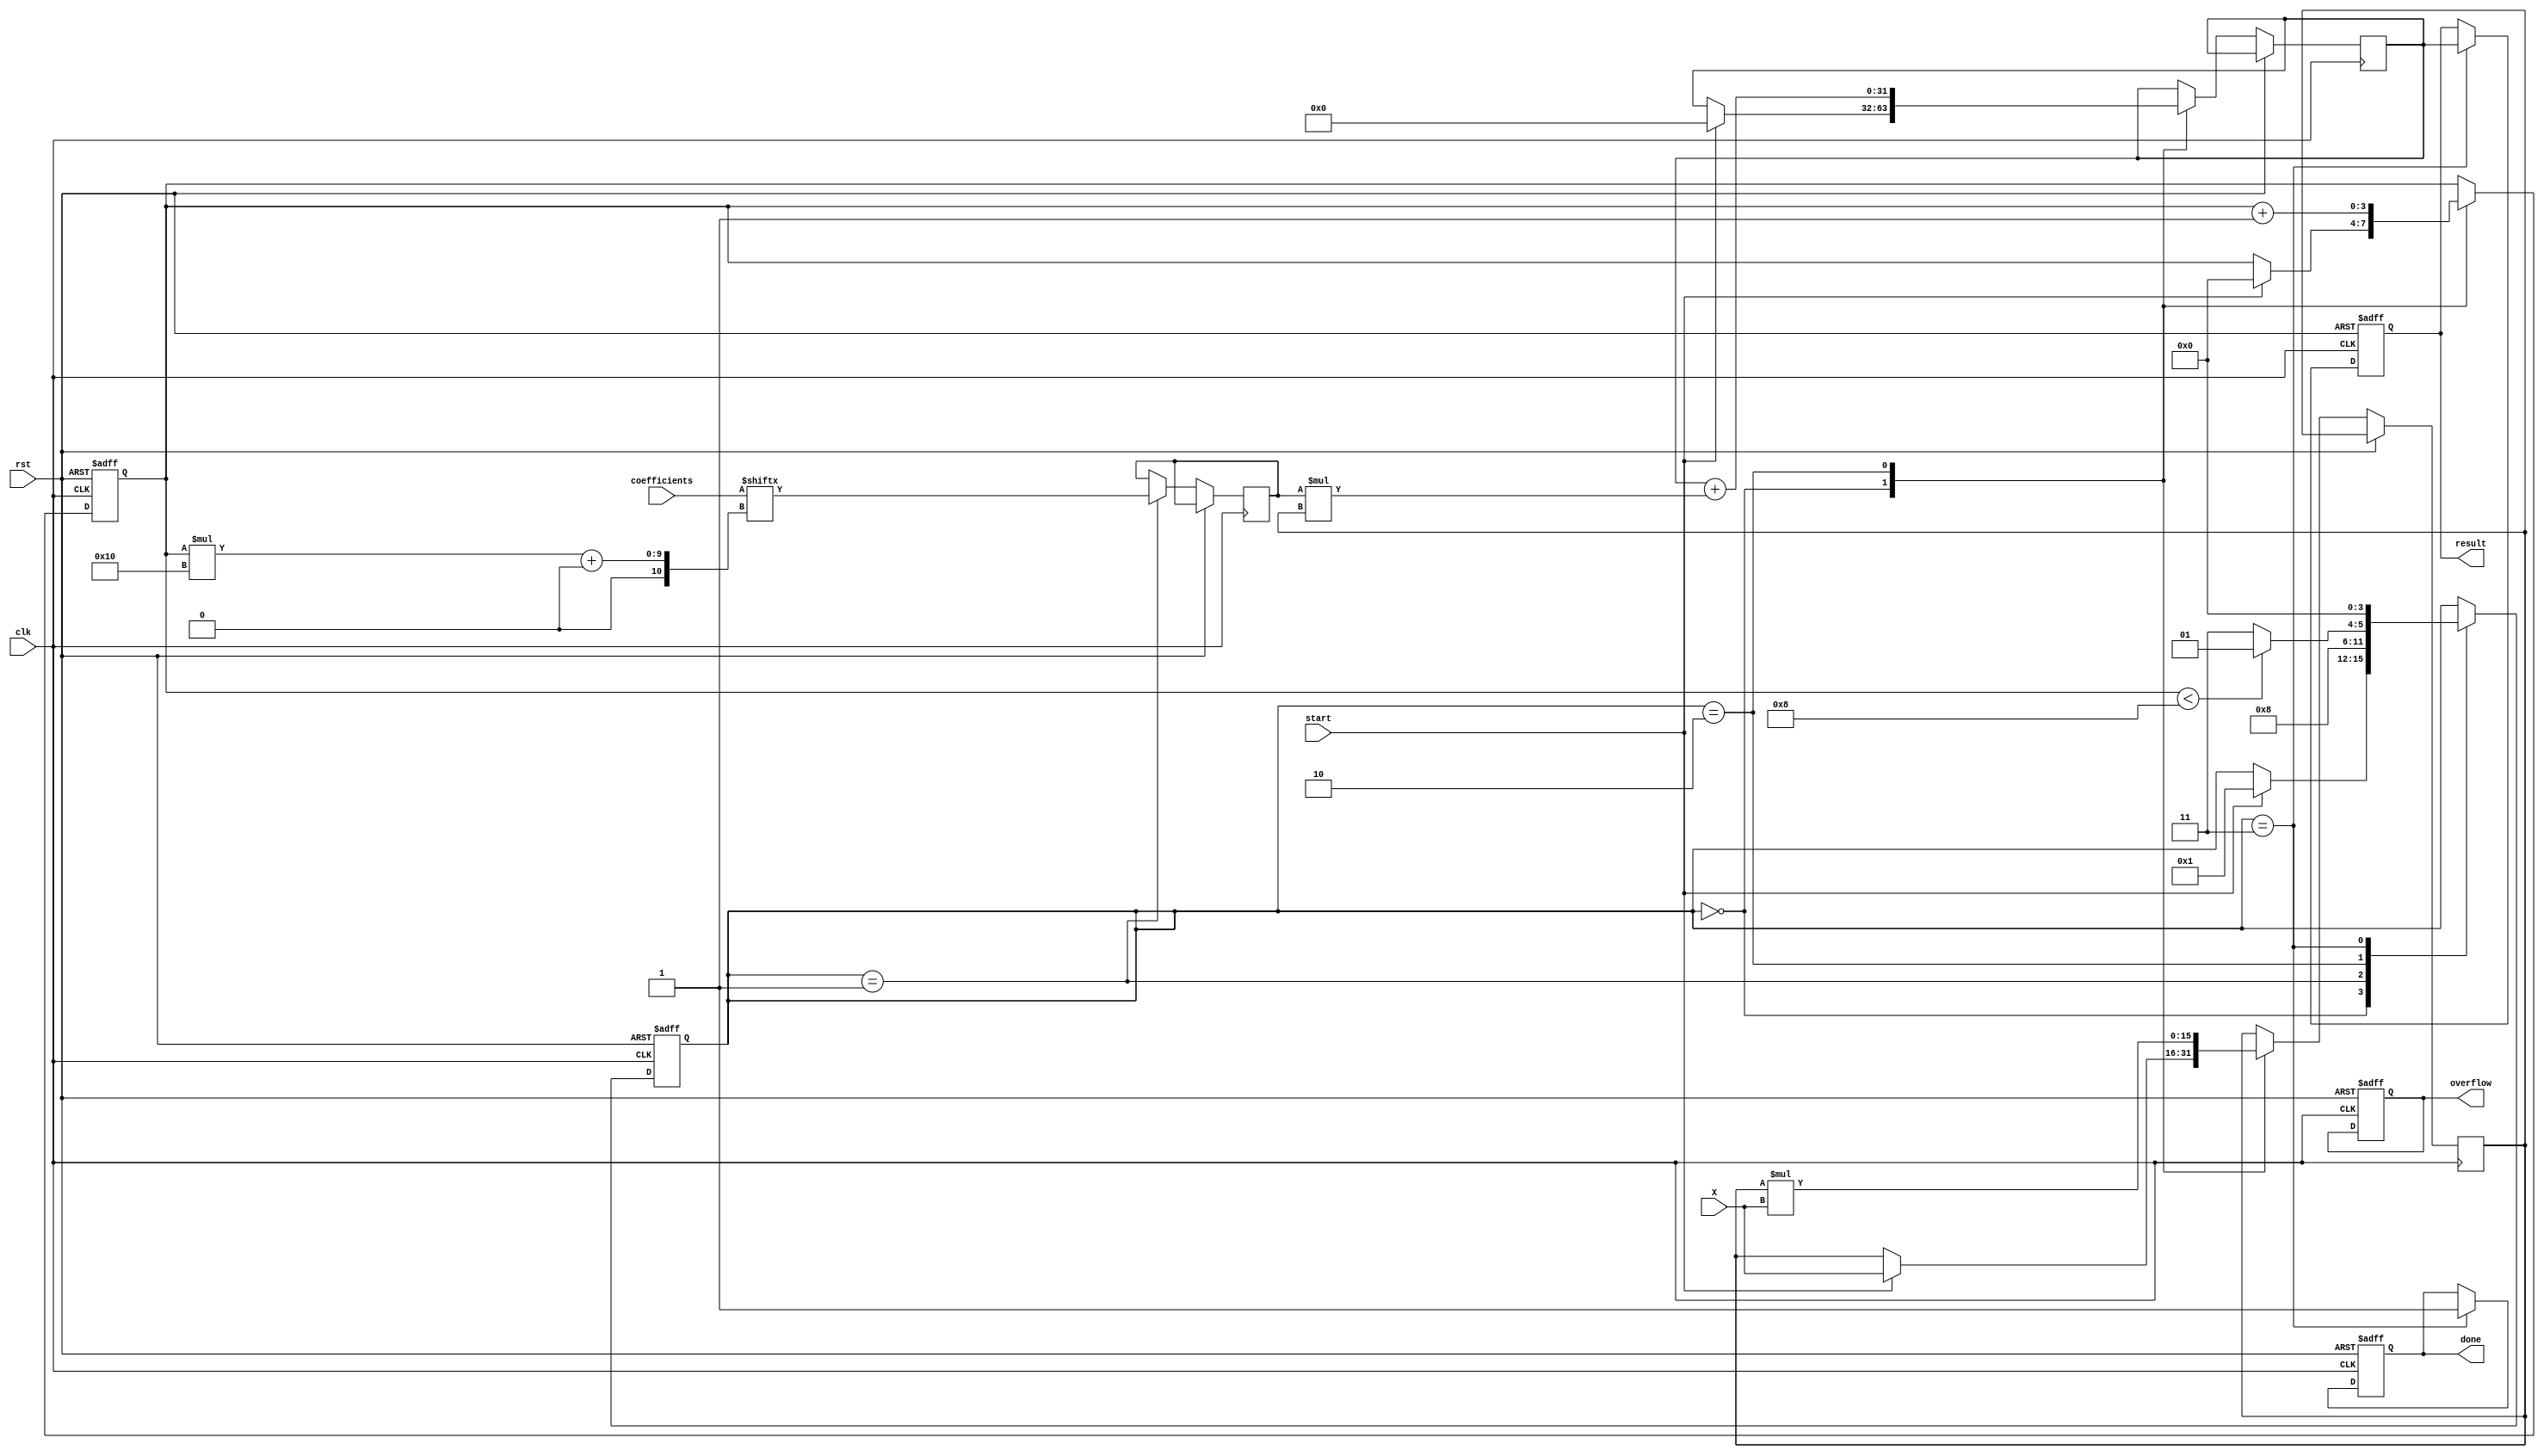
module cordic_polynomial_evaluator #(
    parameter COEFF_WIDTH = 16, // Width of coefficient
    parameter X_WIDTH = 16,      // Width of input X
    parameter RESULT_WIDTH = 32, // Width of result
    parameter NUM_COEFF = 8      // Number of coefficients
)(
    input wire clk,
    input wire rst,
    input wire start,
    input wire [X_WIDTH-1:0] X, // Input vector
    input wire [NUM_COEFF*COEFF_WIDTH-1:0] coefficients, // Coefficients array
    output reg [RESULT_WIDTH-1:0] result, // Evaluated polynomial value
    output reg done, // Status flag for completion
    output reg overflow // Overflow flag
);

    reg [3:0] state; // State machine state
    reg [3:0] count; // Iteration counter
    reg [RESULT_WIDTH-1:0] temp_result; // Temporary result storage
    reg [X_WIDTH-1:0] current_x; // Current value of X
    reg [COEFF_WIDTH-1:0] current_coeff; // Current coefficient

    // State definitions
    localparam IDLE = 4'b0000,
               INIT = 4'b0001,
               CALC = 4'b0010,
               FINALIZE = 4'b0011;

    // State machine
    always @(posedge clk or posedge rst) begin
        if (rst) begin
            state <= IDLE;
            done <= 0;
            overflow <= 0;
            result <= 0;
            count <= 0;
        end else begin
            case (state)
                IDLE: begin
                    if (start) begin
                        state <= INIT;
                        temp_result <= 0;
                        current_x <= X;
                        count <= 0;
                    end
                end
                INIT: begin
                    current_coeff <= coefficients[count*COEFF_WIDTH +: COEFF_WIDTH];
                    state <= CALC;
                end
                CALC: begin
                    // CORDIC-like operation for polynomial evaluation
                    temp_result <= temp_result + current_coeff * current_x;
                    // Shift current_x for next term (multiply by X)
                    current_x <= current_x * X; // This can be adjusted for fixed-point
                    count <= count + 1;

                    if (count < NUM_COEFF) begin
                        state <= INIT; // Go to next coefficient
                    end else begin
                        state <= FINALIZE; // All coefficients processed
                    end
                end
                FINALIZE: begin
                    result <= temp_result;
                    done <= 1;
                    state <= IDLE; // Go back to idle
                end
            endcase
        end
    end

endmodule